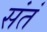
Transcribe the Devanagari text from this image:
संतं